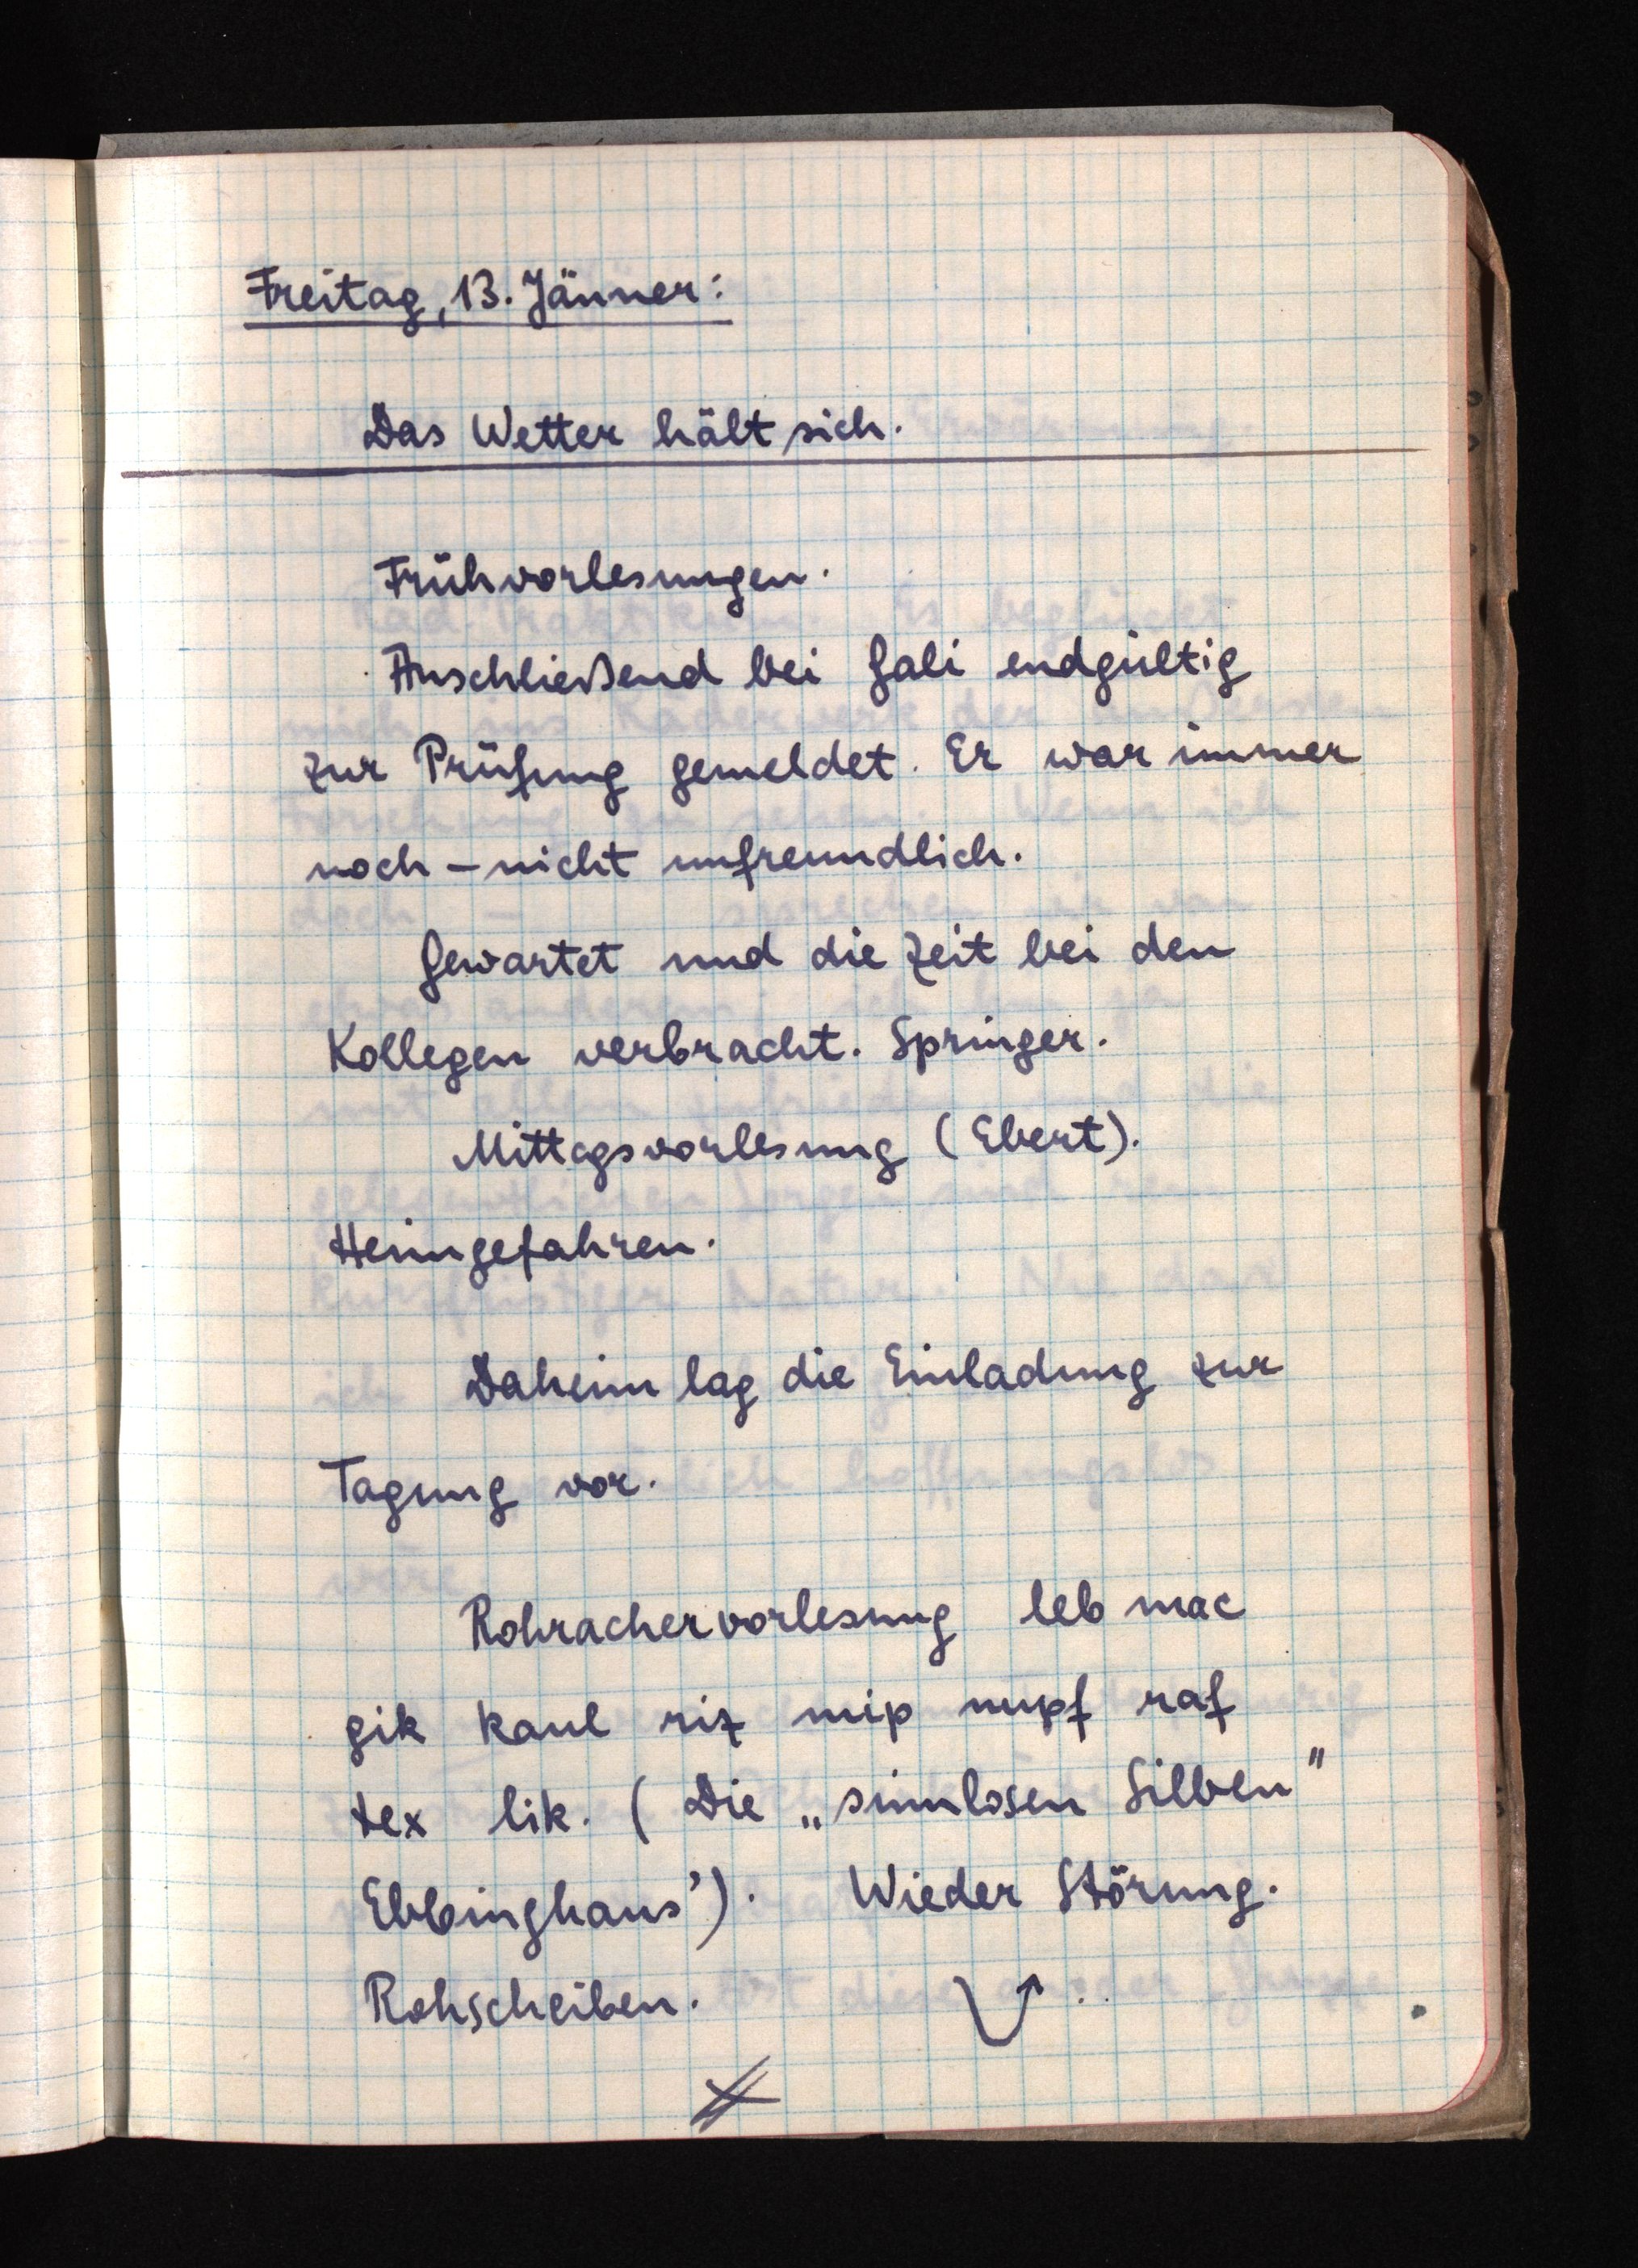
Freitag, 13. Jänner:
Das Wetter hält sich.
Frühvorlesungen.
Anschließend bei Gali endgültig
zur Prüfung gemeldet. Er war immer
noch - nicht unfreundlich.
Gewartet und die Zeit bei den
Kollegen verbracht. Springer.
Mittagsvorlesung (Ebert).
Heimgefahren.
Daheim lag die Einladung zur
Tagung vor.
Rohrachervorlesung leb mac
gik kaul riz mip nupf raf
tex lik. (Die "sinnlosen Silben"
Ebbinghaus'). Wieder Störung.
Rohscheiben.